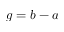
g = b - a